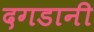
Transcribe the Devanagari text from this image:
दगडानी